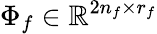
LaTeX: \Phi_{f}\in\mathbb{R}^{2n_{f}\times r_{f}}